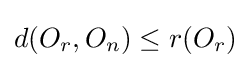
d(O_{r},O_{n})\leq r(O_{r})